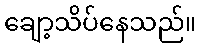
ချော့သိပ်နေသည်။